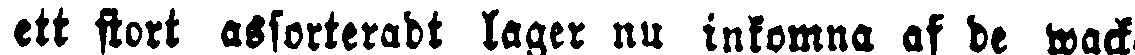
ett stort assorteradt lager nu inkomna af de wack-